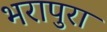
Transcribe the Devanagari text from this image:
भरापुरा